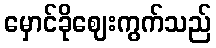
မှောင်ခိုဈေးကွက်သည်